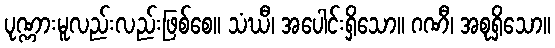
ပုဏ္ဏားမူလည်းလည်းဖြစ်စေ။ သံဃီ၊ အပေါင်းရှိသော။ ဂဏီ၊ အစုရှိသော။